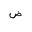
Letter: _dad